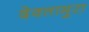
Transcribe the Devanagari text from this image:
देवतामुरा